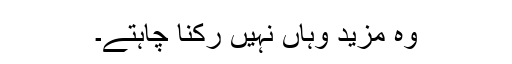
وہ مزید وہاں نہیں رکنا چاہتے۔